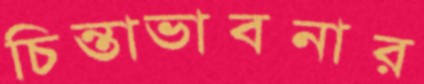
চিন্তাভাবনার